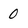
Character: 0